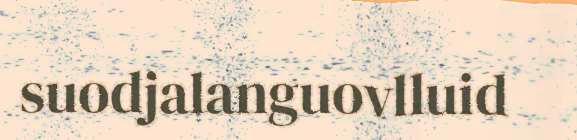
suodjalanguovlluid